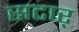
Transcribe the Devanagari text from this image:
सटार्